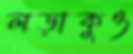
লড়াকুও